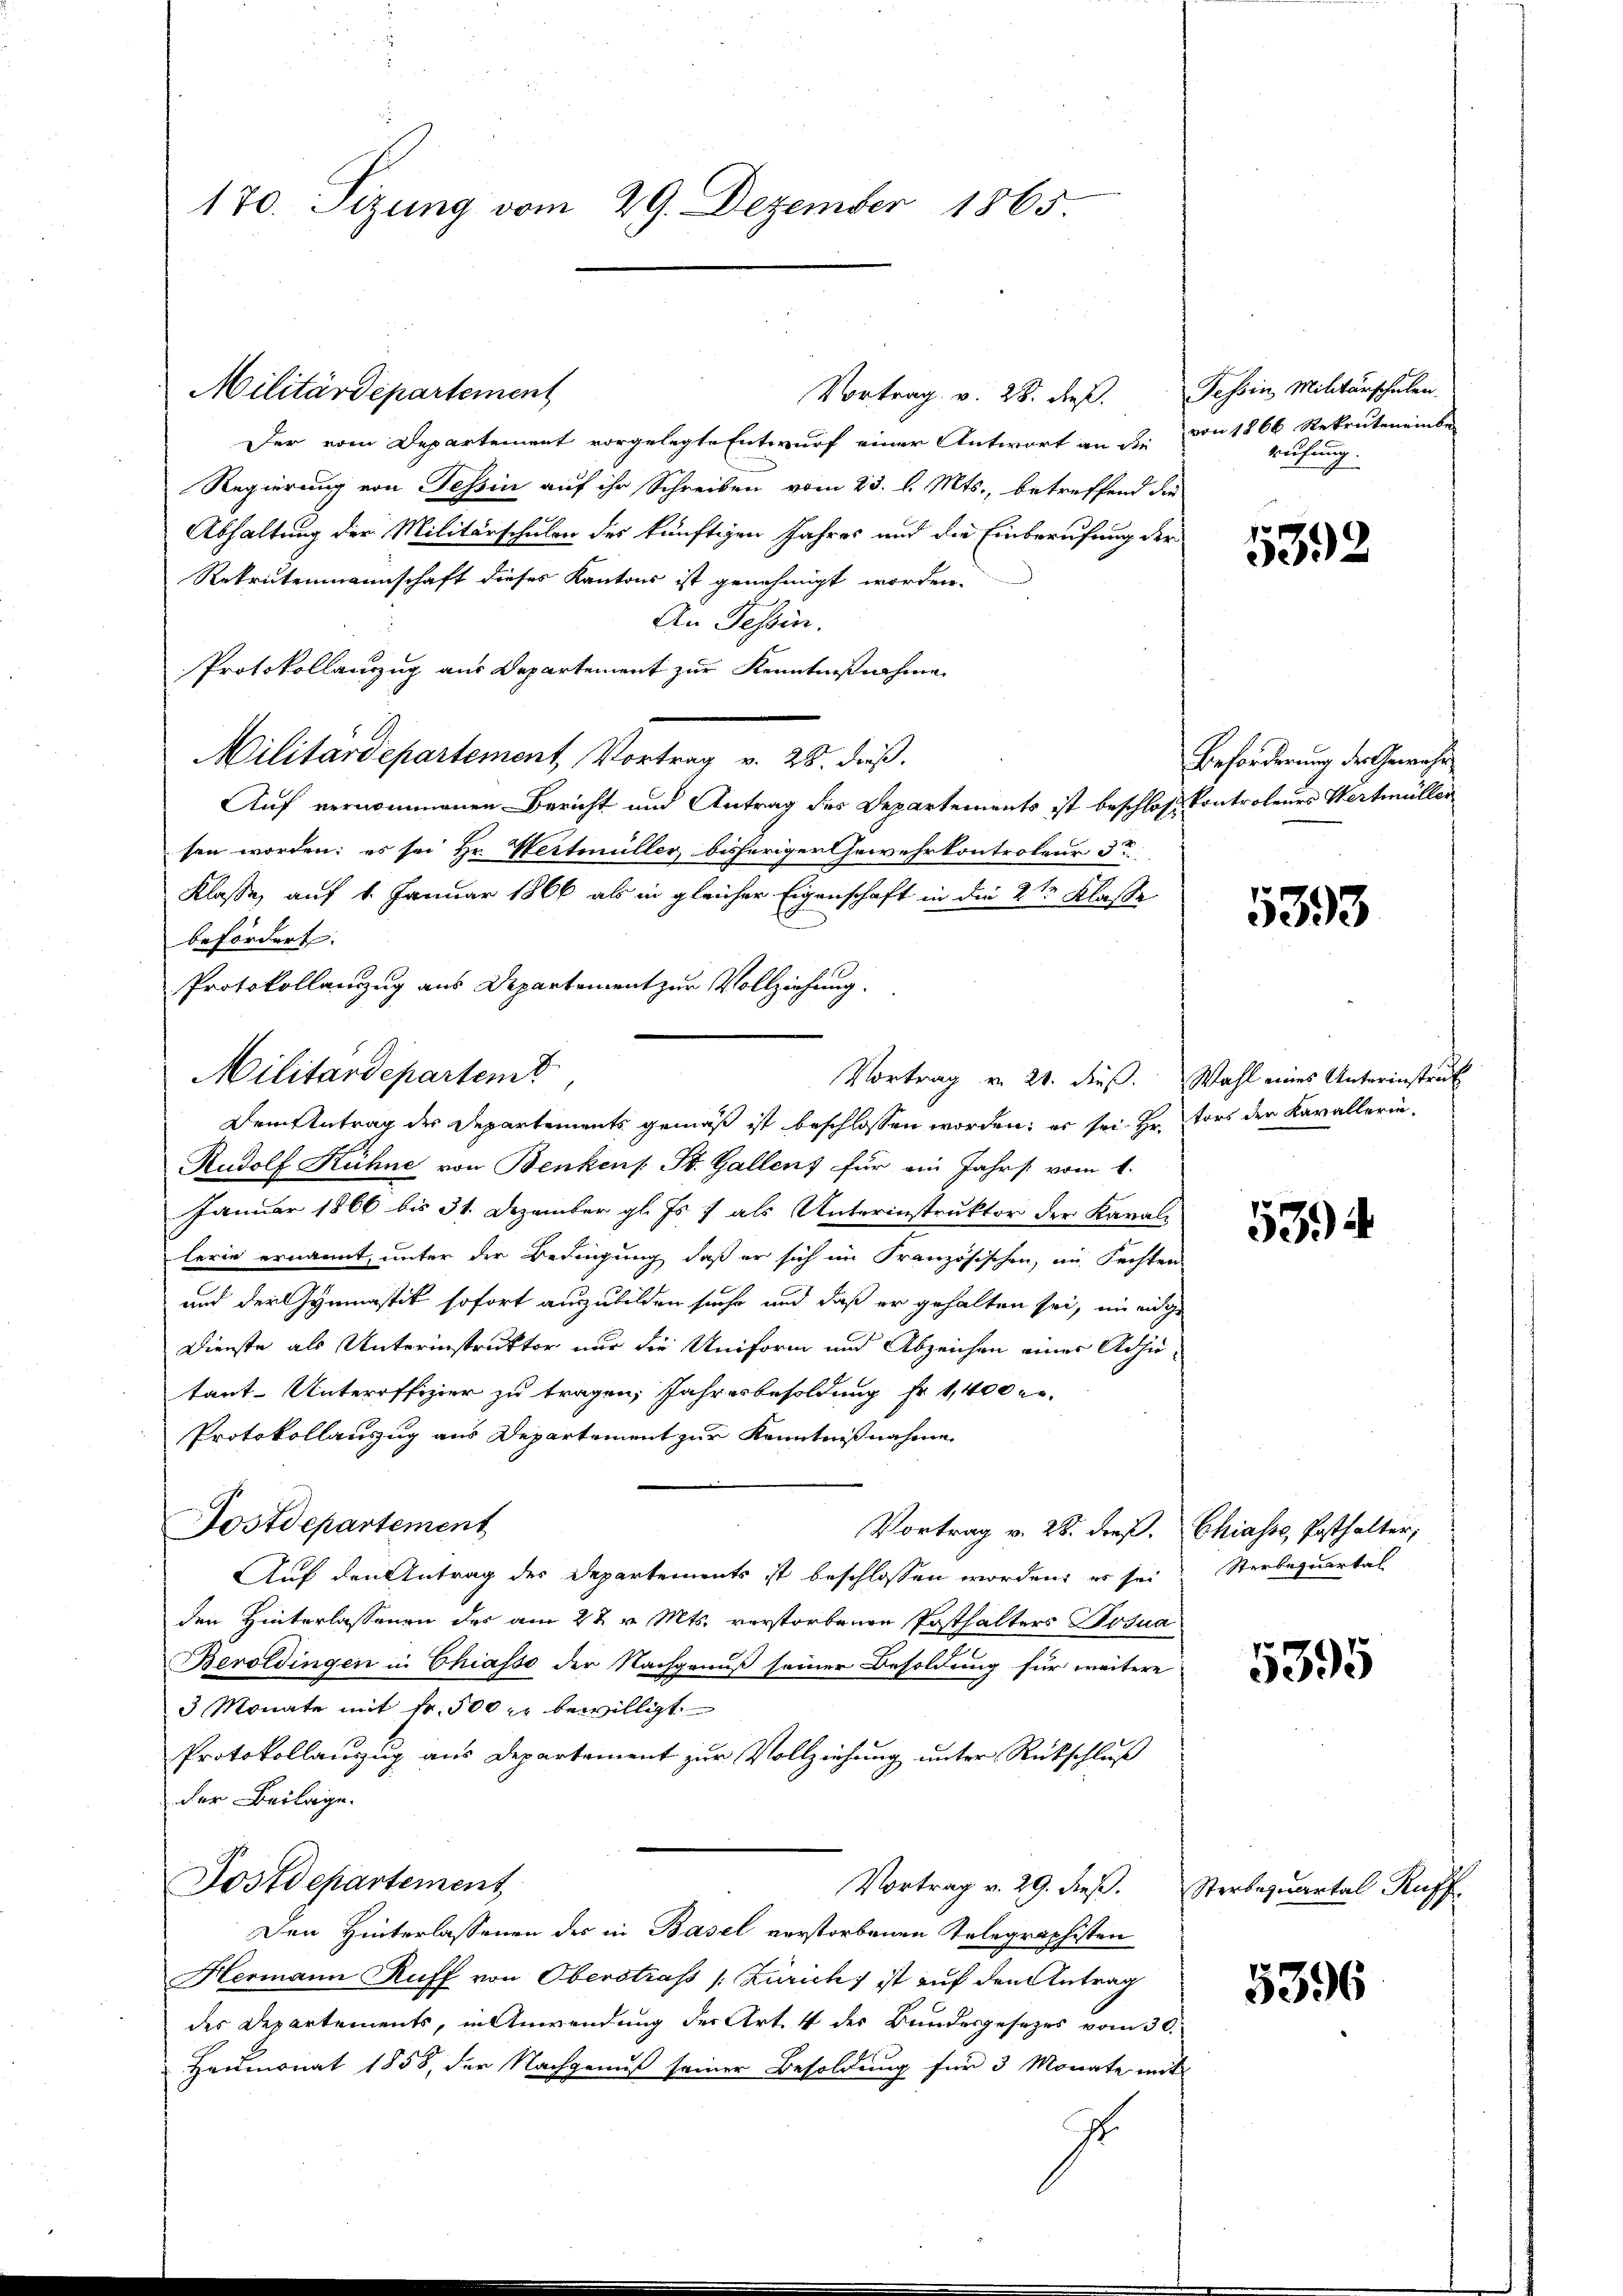
170. Sizung vom 29. Dezember 1865.

Vortrag v. 28. dieß. Tessin Militärschulen.
Der vom Departement vorgelegte Entwurf einer Antwort an die von 1866 Rekruten einbe-
Regierung von Tessin auf ihr Schreiben vom 23. d. Mts., betreffend die
Abhaltung der Militärschulen des künftigen Jahres und die Einberufung der
Rekrutenmannschaft dieses Kantons ist genehmigt worden.
An Tessin.
Protokollauszug aus Departement zur Kenntnißnahme
Militärdepartement, Vortrag v. 28. dieß.
Auf vernommenen Bericht und Antrag des Departements ist beschloss Kontroleurs Wertmüller
sen worden; es sei Hr. Heitmüller bisheriger Gewehrkontroleur 3te
Klasse, auf 1. Januar 1866 als in gleicher Eigenschaft in die 2ten Klasse
befördert.
Protokollanzug aus Departement zur Vollziehung.
Militärdepartemt
Vortrag v. 21. dieß. Wahl eines Unterinstruk
Dementrag des Departements gemäß ist beschlossen worden; es sei. Hr. Fort der Kavallerin¬
Rudolf Kühne von Benkens St. Gallens für ein Jahrs vom 1.
Januar 1866 bis 31. Dezember gl. Js. als Unterinstruktor der Kavali
lerie ernannt, unter der Bedingung daß er sich im Französischen, im Fechten
und der Gymnastik sofort auszubilden suche und daß er gehalten sei, in eidge
Dienste als Unterinstruktor nur die Uniform und Abzeichen eines Adjutant-Unteroffizier zu tragen, Jahresbesoldung fr. 1,400 er
Protokollauszug aus Departement zur Kenntnißnahme
Tostdepartement
Vortrag v. 28. dieß. Chiasse, Posthalter,
Auf den Antrag des Departements ist beschlossen worden, es sei
den Hinterlassenen des am 22. v. Mts. verstorbenen Posthalters Josua
Beroldingen in Chiasso der Nachgenuß seiner Besoldung für weitere
3 Monate mit fr. 500 r bewilligt
Protokollauszug aus Departement zur Vollziehung unter Rückschluß
der Beilage.
Postdepartement
Vortrag v. 29. dieß. Sterbequartal Ruff
Den Hinterlassenen des in Basel verstorbenen Telegraphisten
Hermann Ruff von Oberstraf (Zürich ist auf den Antrag
des Departements, in Anwendung der Art. 4 des Bundesgesetzes vom 30.
Heumonat 1858, der Nachgenuß seiner Besoldung für 3 Monate mit
J

Militärdepartement

rufung.

5392

Beforderung der Gewähr

5393

5394

Sterbequartal

5395

5396